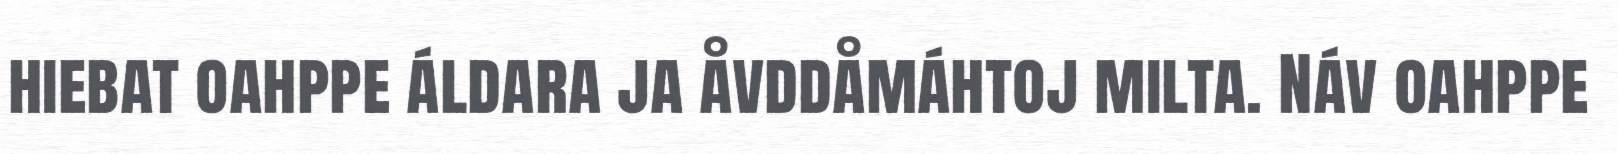
hiebat oahppe áldara ja åvddåmáhtoj milta. Náv oahppe